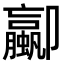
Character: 𫨁